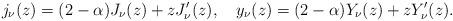
LaTeX: \begin{align*}j_\nu(z)=(2-\alpha)J_\nu(z)+zJ_\nu'(z),~~~y_\nu(z)=(2-\alpha)Y_\nu(z)+zY_\nu'(z).\end{align*}